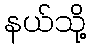
နယ်သို့